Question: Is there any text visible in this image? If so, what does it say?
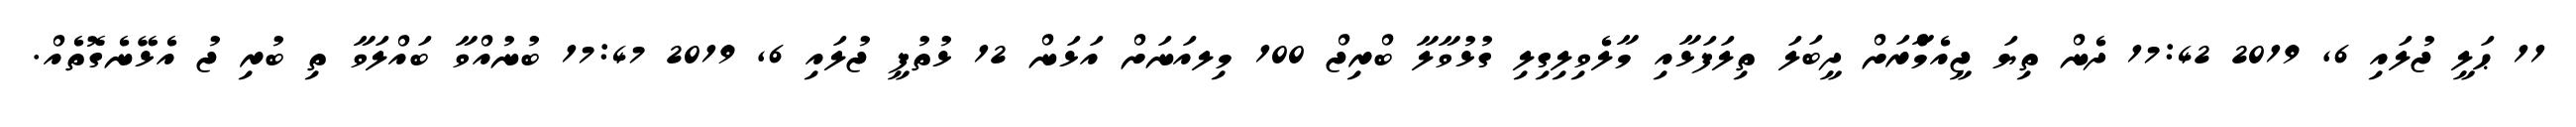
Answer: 11 ޙަލީ ޖުލައި 6, 2019 17:42 ދެން ތިޔަ ޖީއެމްެާރަށް ދީބަލަ ތިލަފަޅާއި މާލެވިލިގިލި ގުޅުވާލާ ބްރިޖް 100 މިލއަނަށް އަޅަން 12 ޅުތުފީ ޖުލައި 6, 2019 17:47 ބުނުއްވާ ބައްލަވާ ތި ބުރި ޖު އެޅޭނެގޮތެއް.